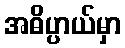
အဓိပ္ပာယ်မှာ